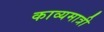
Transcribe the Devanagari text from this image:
काव्यमात्री